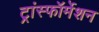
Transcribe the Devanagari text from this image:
ट्रांस्फॉर्मेशन